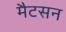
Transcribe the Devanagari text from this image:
मैटसन